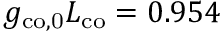
g _ { \mathrm { c o , 0 } } L _ { \mathrm { c o } } = 0 . 9 5 4